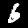
Digit: 6